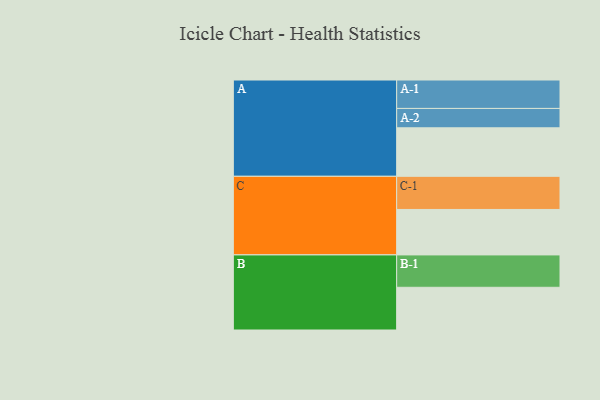
{"axis": {"x": "Segment", "y": "Value"}, "legend": ["", "A", "B", "C"], "data": [{"x": "A", "y": 370, "type": ""}, {"x": "B", "y": 326, "type": ""}, {"x": "C", "y": 347, "type": ""}, {"x": "A-1", "y": 217, "type": "A"}, {"x": "A-2", "y": 148, "type": "A"}, {"x": "B-1", "y": 247, "type": "B"}, {"x": "C-1", "y": 253, "type": "C"}]}